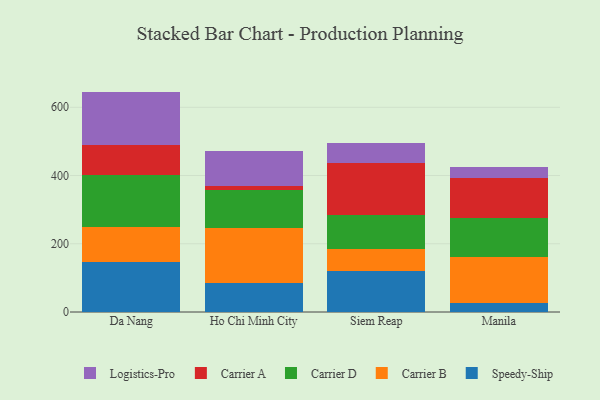
{"axis": {"x": "City", "y": "Production Output"}, "legend": ["Carrier A", "Carrier B", "Carrier D", "Logistics-Pro", "Speedy-Ship"], "data": [{"x": "Da Nang", "y": 146.0, "type": "Speedy-Ship"}, {"x": "Da Nang", "y": 104.6, "type": "Carrier B"}, {"x": "Da Nang", "y": 151.8, "type": "Carrier D"}, {"x": "Da Nang", "y": 87.6, "type": "Carrier A"}, {"x": "Da Nang", "y": 156.0, "type": "Logistics-Pro"}, {"x": "Ho Chi Minh City", "y": 83.8, "type": "Speedy-Ship"}, {"x": "Ho Chi Minh City", "y": 163.7, "type": "Carrier B"}, {"x": "Ho Chi Minh City", "y": 109.6, "type": "Carrier D"}, {"x": "Ho Chi Minh City", "y": 13.0, "type": "Carrier A"}, {"x": "Ho Chi Minh City", "y": 102.3, "type": "Logistics-Pro"}, {"x": "Siem Reap", "y": 119.4, "type": "Speedy-Ship"}, {"x": "Siem Reap", "y": 66.5, "type": "Carrier B"}, {"x": "Siem Reap", "y": 98.6, "type": "Carrier D"}, {"x": "Siem Reap", "y": 153.0, "type": "Carrier A"}, {"x": "Siem Reap", "y": 57.0, "type": "Logistics-Pro"}, {"x": "Manila", "y": 25.0, "type": "Speedy-Ship"}, {"x": "Manila", "y": 136.0, "type": "Carrier B"}, {"x": "Manila", "y": 115.8, "type": "Carrier D"}, {"x": "Manila", "y": 116.7, "type": "Carrier A"}, {"x": "Manila", "y": 32.7, "type": "Logistics-Pro"}]}